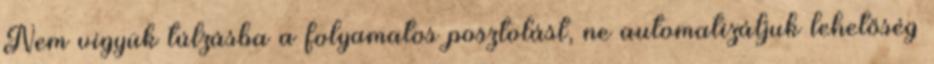
Nem vigyük túlzásba a folyamatos posztolást, ne automatizáljuk lehetőség